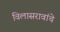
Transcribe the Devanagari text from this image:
विलासरावांचे